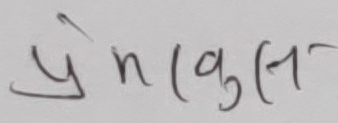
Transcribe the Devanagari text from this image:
प्रेमनकुलस